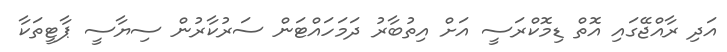
އަދި ރާއްޖޭގައި އޮތް ޑިމޮކްރަސީ އަށް އިތުބާރު ދަމަހައްޓަން ސަރުކާރުން ސިޔާސީ ޕާޓީތަކާ